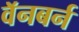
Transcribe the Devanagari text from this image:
वॅनबर्न